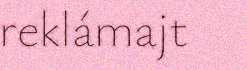
reklámajt